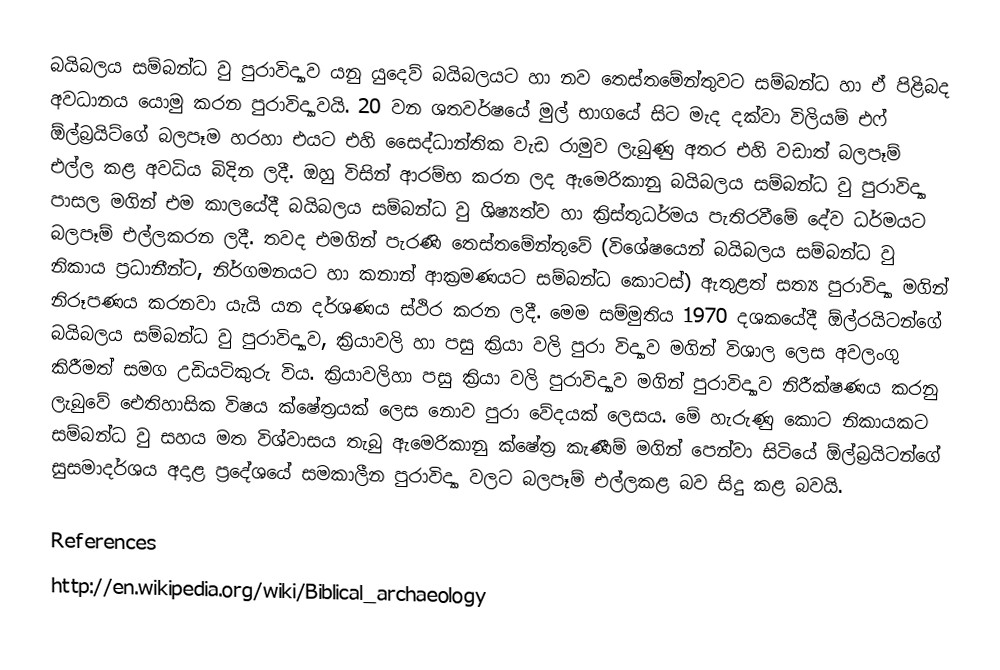
බයිබලය සම්බන්ධ වු පුරාවිද්‍යාව යනු යුදෙව් බයිබලයට හා නව තෙස්තමේන්තුවට සම්බන්ධ හා ඒ පිළිබද අවධානය යොමු කරන පුරාවිද්‍යාවයි. 20 වන ශතවර්ෂයේ මුල් භාගයේ සිට මැද දක්වා විලියම් එෆ් ඕල්බ්‍රයිට්ගේ බලපෑම හරහා එයට එහි සෛද්ධාන්තික වැඩ රාමුව ලැබුණු අතර එහි වඩාත් බලපෑම් එල්ල කළ අවධිය බිදින ලදී. ඔහු විසින් ආරම්භ කරන ලද ඇමෙරිකානු බයිබලය සම්බන්ධ වු පුරාවිද්‍යා පාසල මගින් එම කාලයේදී බයිබලය සම්බන්ධ වු ශිෂ්‍යත්ව හා ක්‍රිස්තුධර්මය පැතිරවීමේ දේව ධර්මයට බලපෑම් එල්ලකරන ලදී. තවද එමගින් පැරණි තෙස්තමේන්තුවේ (විශේෂයෙන් බයිබලය සම්බන්ධ වු නිකාය ප්‍රධානීන්ට, නිර්ගමනයට හා කනාන් ආක්‍රමණයට සම්බන්ධ කොටස්) ඇතුළත් සත්‍ය පුරාවිද්‍යා මගින් නිරූපණය කරනවා යැයි යන දර්ශණය ස්ථිර කරන ලදී. මෙම සම්මුතිය 1970 දශකයේදී ඕල්රයිටන්ගේ බයිබලය සම්බන්ධ වු පුරාවිද්‍යාව, ක්‍රියාවලි හා පසු ක්‍රියා වලි පුරා විද්‍යාව මගින් විශාල ලෙස අවලංගු කිරීමත් සමග උඩියටිකුරු විය. ක්‍රියාවලිහා පසු ක්‍රියා වලි පුරාවිද්‍යාව මගින් පුරාවිද්‍යාව නිරීක්ෂණය කරනු ලැබුවේ ඓතිහාසික විෂය ක්ෂේත්‍රයක් ලෙස නොව පුරා වේදයක් ලෙසය. මේ හැරුණු කොට නිකායකට සම්බන්ධ වු සහය මත විශ්වාසය තැබු ඇමෙරිකානු ක්ෂේත්‍ර කැණීම් මගින් පෙන්වා සිටියේ ඕල්බ්‍රයිටන්ගේ සුසමාදර්ශය අදාළ ප්‍රදේශයේ සමකාලීන පුරාවිද්‍යා වලට බලපෑම් එල්ලකළ බව සිදු කළ බවයි.

References
http://en.wikipedia.org/wiki/Biblical_archaeology